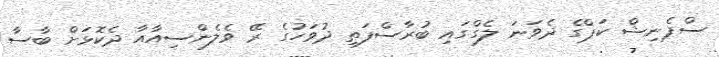
ސްޕެނިޝް ކަޕްގެ ދެވަނަ ލެގްގައި ބުރާސްފަތި ދުވަހުގެ ރޭ ވެލެންސިއާއާ ދެކޮޅަށް ބާސާ